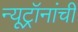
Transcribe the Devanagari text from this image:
न्यूट्रॉनांची